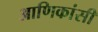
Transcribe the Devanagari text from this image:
आणिकांसी